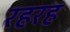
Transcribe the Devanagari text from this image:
रहरह